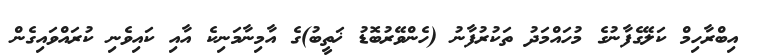
އިބްރާހިމް ކަލޭގެފާނުގެ މުހައްމަދު ތަކުރުފާނު (ހެންވޭރުބޮޑު ޚަތީބު)ގެ އާމިނާމަނިކެ އާއި ކައިވެނި ކުރައްވައިގެން